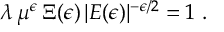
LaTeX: \lambda \, \mu ^ { \epsilon } \, \Xi ( \epsilon ) \, | E ( \epsilon ) | ^ { - \epsilon / 2 } = 1 \; .